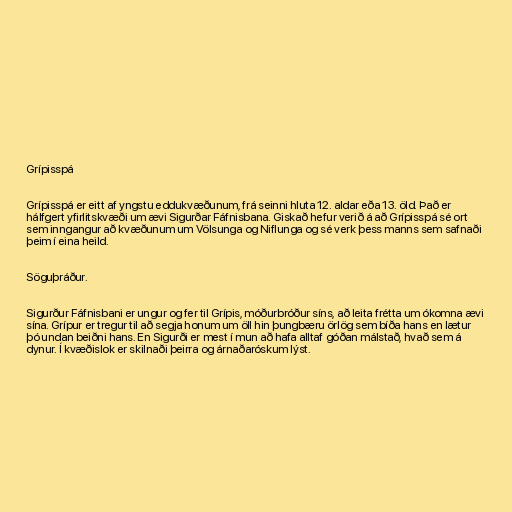
Grípisspá

Grípisspá er eitt af yngstu eddukvæðunum, frá seinni hluta 12. aldar eða 13. öld. Það er
hálfgert yfirlitskvæði um ævi Sigurðar Fáfnisbana. Giskað hefur verið á að Grípisspá sé ort
sem inngangur að kvæðunum um Völsunga og Niflunga og sé verk þess manns sem safnaði
þeim í eina heild.

Söguþráður.

Sigurður Fáfnisbani er ungur og fer til Grípis, móðurbróður síns, að leita frétta um ókomna ævi
sína. Grípur er tregur til að segja honum um öll hin þungbæru örlög sem bíða hans en lætur
þó undan beiðni hans. En Sigurði er mest í mun að hafa alltaf góðan málstað, hvað sem á
dynur. Í kvæðislok er skilnaði þeirra og árnaðaróskum lýst.